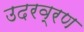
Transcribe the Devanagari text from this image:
उदरव्रण